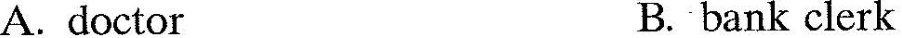
A. doctor B. bank clerk